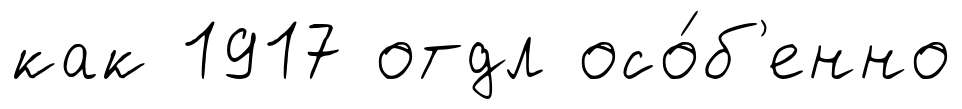
как 1917 отдл осо́б'енно